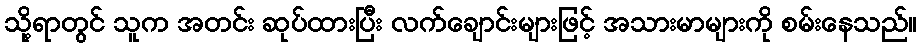
သို့ရာတွင် သူက အတင်း ဆုပ်ထားပြီး လက်ချောင်းများဖြင့် အသားမာများကို စမ်းနေသည်။